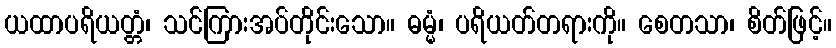
ယထာပရိယတ္တံ၊ သင်ကြားအပ်တိုင်းသော။ ဓမ္မံ၊ ပရိယတ်တရားကို။ စေတသာ၊ စိတ်ဖြင့်။